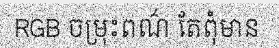
RGB ចម្រុះពណ៌ តែពុំមាន